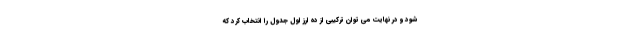
شود و در نهایت می توان ترکیبی از ده ارز اول جدول را انتخاب کرد که